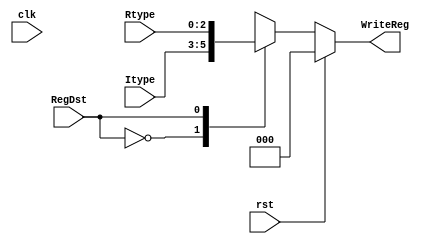
`timescale 1ns / 1ps
//////////////////////////////////////////////////////////////////////////////////
// Company:
// Engineer:
//
// Design Name:
// Module Name: Mux5
// Project Name:
// Target Devices:
// Tool Versions:
// Description:
//
// Dependencies:
//
// Revision:
// Revision 0.01 - File Created
// Additional Comments:
//
//////////////////////////////////////////////////////////////////////////////////


module Mux5(
    input rst,
    input RegDst,
    input clk,
    input [2:0] Rtype,
    input [2:0] Itype,
    output reg [2:0] WriteReg
    );

always @(RegDst or Rtype or Itype or WriteReg or rst)
begin
if (rst) WriteReg <= 0;
else begin
    case (RegDst)
        1'b0 : WriteReg <= Itype;
        1'b1 : WriteReg <= Rtype;
        default: WriteReg <= WriteReg;
    endcase
end
end

endmodule